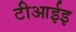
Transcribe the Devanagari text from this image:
टीआईइ